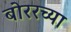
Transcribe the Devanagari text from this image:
बोररच्या